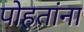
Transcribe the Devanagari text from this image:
पोहतांना